Report on the working of the Ranchi Indian Mental Hospital, Kanke, in Bihar and Orissa - 1930-1940
Year: 1930
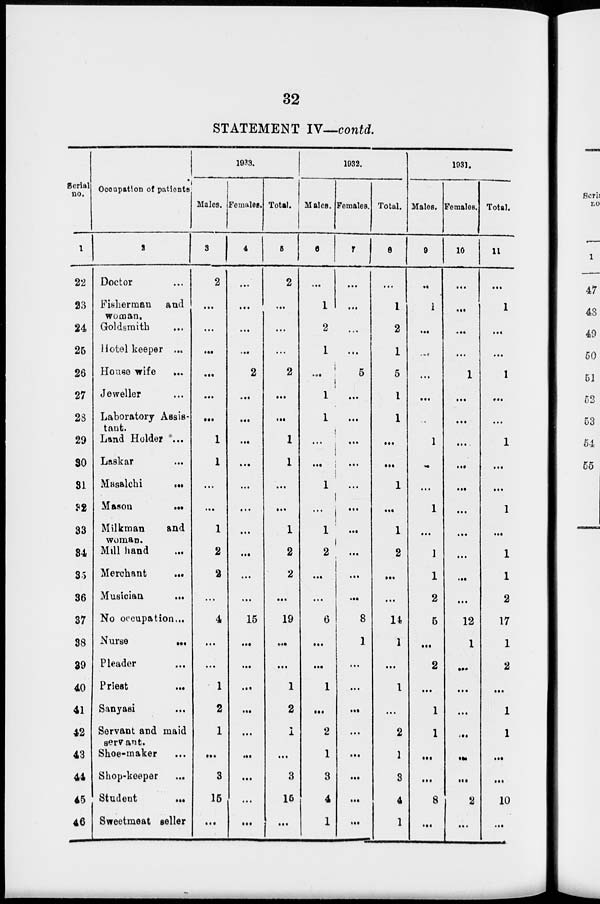
32
STATEMENT IV—contd.
Serial
no.
1
22
23
24
25
26
27
28
29
30
31
32
33
34
35
36
37
38
39
40
41
42
43
44
45
46
Occupation of patients
2
Doctor ...
Fisherman and
woman.
Goldsmith ...
Hotel keeper ...
House wife
...
Jeweller ...
Laboratory Assis-
tant.
Land Holder ...
Laskar ...
Masalchi
...
Mason
...
Milkman
and
woman.
Mill hand ...
Merchant
...
Musician
...
No occupation ...
Nurse
...
Pleader ...
Priest
...
Sanyasi ...
Servant and maid
servant.
Shoe-maker ...
Shop-keeper
...
Student
...
Sweetmeat seller
1933.
Males.
3
2
...
...
...
...
...
...
1
1
...
...
1
2
2
...
4
...
...
1
2
1
...
3
15
...
Females.
4
...
...
...
...
2
...
...
...
...
...
...
...
...
...
...
15
...
...
...
...
...
...
...
...
...
Total.
5
2
...
...
...
2
...
...
1
1
...
...
1
2
2
...
19
...
...
1
2
1
...
3
15
...
1932.
Males.
6
...
1
2
1
...
1
1
...
...
1
...
1
2
...
...
6
...
...
1
...
2
1
3
4
1
Females.
7
...
...
...
...
5
...
...
...
...
...
...
...
...
...
...
8
1
...
...
...
...
...
...
...
...
Total.
8
...
1
2
1
5
1
1
...
...
1
...
1
2
...
...
14
1
...
1
...
2
1
3
4
1
1931.
Males.
9
...
1
...
...
...
...
...
1
...
...
1
...
1
1
2
5
...
2
...
1
1
...
...
8
...
Females.
10
...
...
...
...
1
...
...
...
...
...
...
...
...
...
...
12
1
...
...
...
...
...
...
2
...
Total.
11
...
1
...
...
1
...
...
1
...
...
1
...
1
1
2
17
1
2
...
1
1
...
...
10
...